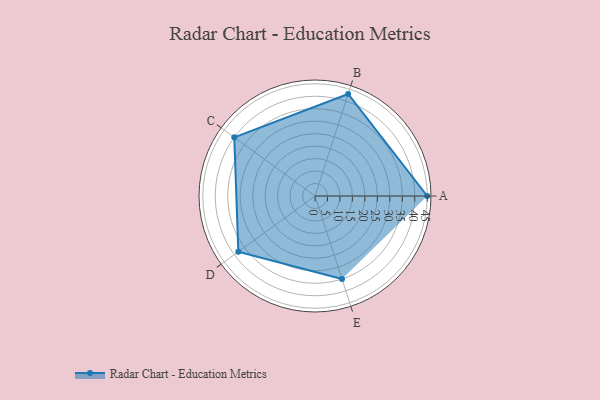
{"axis": {"x": "Skill", "y": "Score"}, "legend": ["Profile"], "data": [{"x": "A", "y": 45.0, "type": "Profile"}, {"x": "B", "y": 43.0, "type": "Profile"}, {"x": "C", "y": 40.0, "type": "Profile"}, {"x": "D", "y": 38.0, "type": "Profile"}, {"x": "E", "y": 35.0, "type": "Profile"}]}